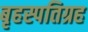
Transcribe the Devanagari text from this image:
बृहस्पतिग्रह